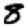
Digit: 8